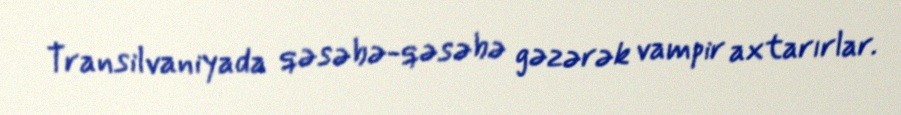
Transilvaniyada qəsəbə-qəsəbə gəzərək vampir axtarırlar.